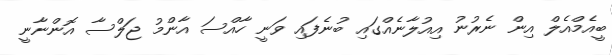
ބީއެމްއެލް އިން ނެރުނު އިއުލާނެއްގައި ބުނެފައި ވަނީ ހާއްސަ އާންމު ޖަލްސާ އޮންނާނީ